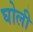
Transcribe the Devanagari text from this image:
घोली